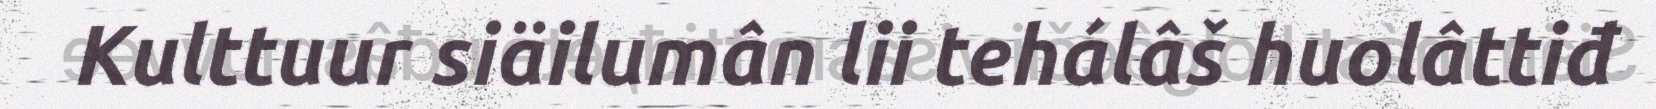
Kulttuur siäilumân lii tehálâš huolâttiđ